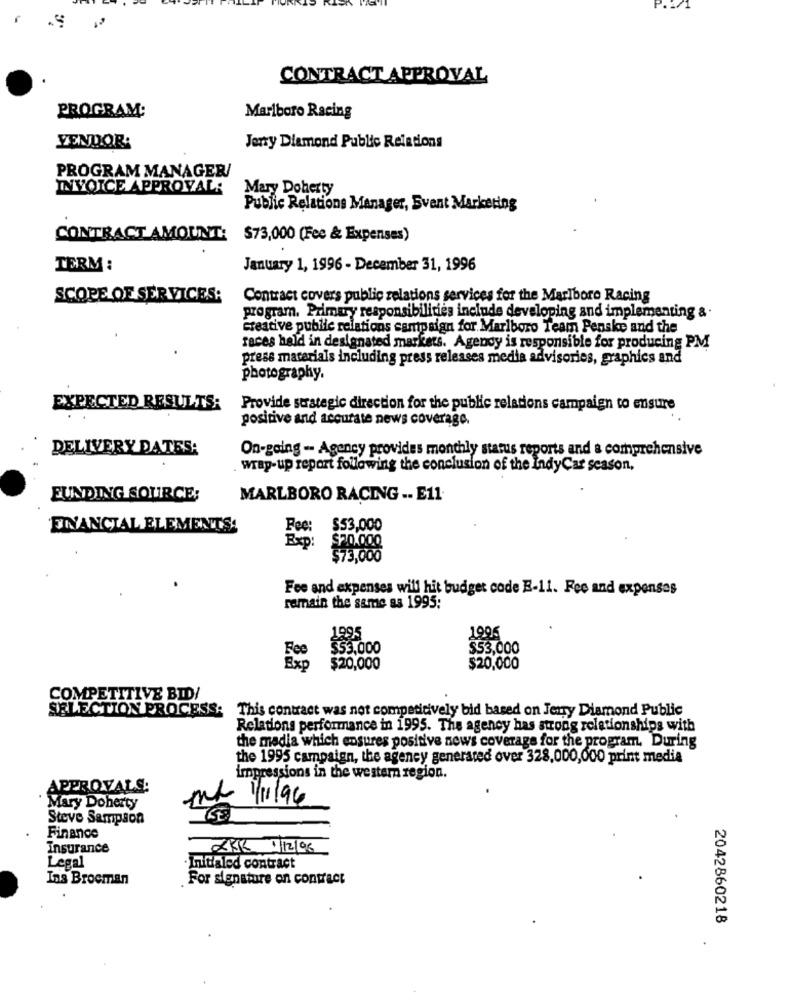
CONTRACT APPROVAL
PROGRAM:
Marlboro Racing
VENDOR:
Jerry Diamond Public Relations
PROGRAM MANAGER/
INVOICE APPROVAL;
Mary Doherty
Public Relations Manager, Event Marketing
CONTRACT AMOUNT: $73,000 (Fee & Expenses)
TERM :
January 1, 1996 - December 31, 1996
SCOPE OF SERVICES:
Contract covers public relations services for the Marlboro Racing
program. Primary responsibilities include developing and implementing &
creative public relations campaign for Marlboro Team Penske and the
races held in designated markets. Agendy is responsible for producing PM
press materials including press releases media advisories, graphics and
photography.
EXPECTED RESULTS:
Provide strategic direction for the public relations campaign to ensure
positive and accurate news coverage.
DELIVERY DATES:
On-going -- Agency provides monthly status reports and a comprehensive
wrap-up report following the conclusion of the IndyCar season,
FUNDING SOURCE;
MARLBORO RACING -- E11
FINANCIAL ELEMENTS
Fee: $53,000
$20.000
Exp:
$73,000
Fee and expenses will hit budget code E-11. Fee and expenses
remain the same as 1995:
1995
1995
Fee
$53,000
$53,000
Exp
$20,000
$20,000
COMPETITIVE BID/
SELECTION PROCESS:
This contract was not competicively bid based on Jerry Diamond Public
Relations performance in 1995. The agency has strong relationships with
the madia which ensures positive news coverage for the program. During
the 1995 campaign, the agency generated over 328,000,000 print media
impressions in the western region.
APPROVALS:
1/196
Mary Doherty
Steve Sampson
Finance
Insurance
2KR 1/12/06
Legal
· Initialed contract
Ins Brocman
For signature on contract
2042860218